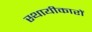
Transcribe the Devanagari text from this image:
स्थायीकारों